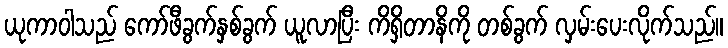
ယုကာဝါသည် ကော်ဖီခွက်နှစ်ခွက် ယူလာပြီး ကိရှိတာနိကို တစ်ခွက် လှမ်းပေးလိုက်သည်။